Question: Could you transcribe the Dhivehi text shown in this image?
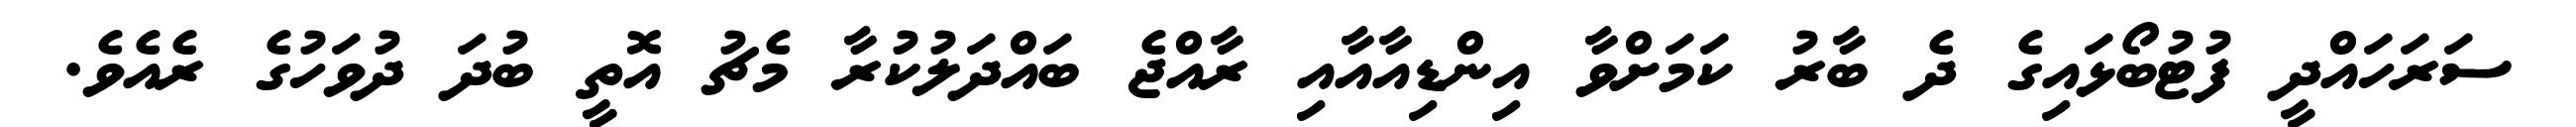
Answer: ސަރަހައްދީ ފުޓުބޯޅައިގެ ދެ ބާރު ކަމަށްވާ އިންޑިއާއާއި ރާއްޖެ ބައްދަލުކުރާ މެޗު އޮތީ ބުދަ ދުވަހުގެ ރެއެވެ.